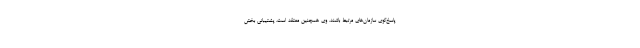
پاسخ‌گوی سازمان‌های مرتبط باشند. وی همچنین معتقد است، پشتیبانی بخش